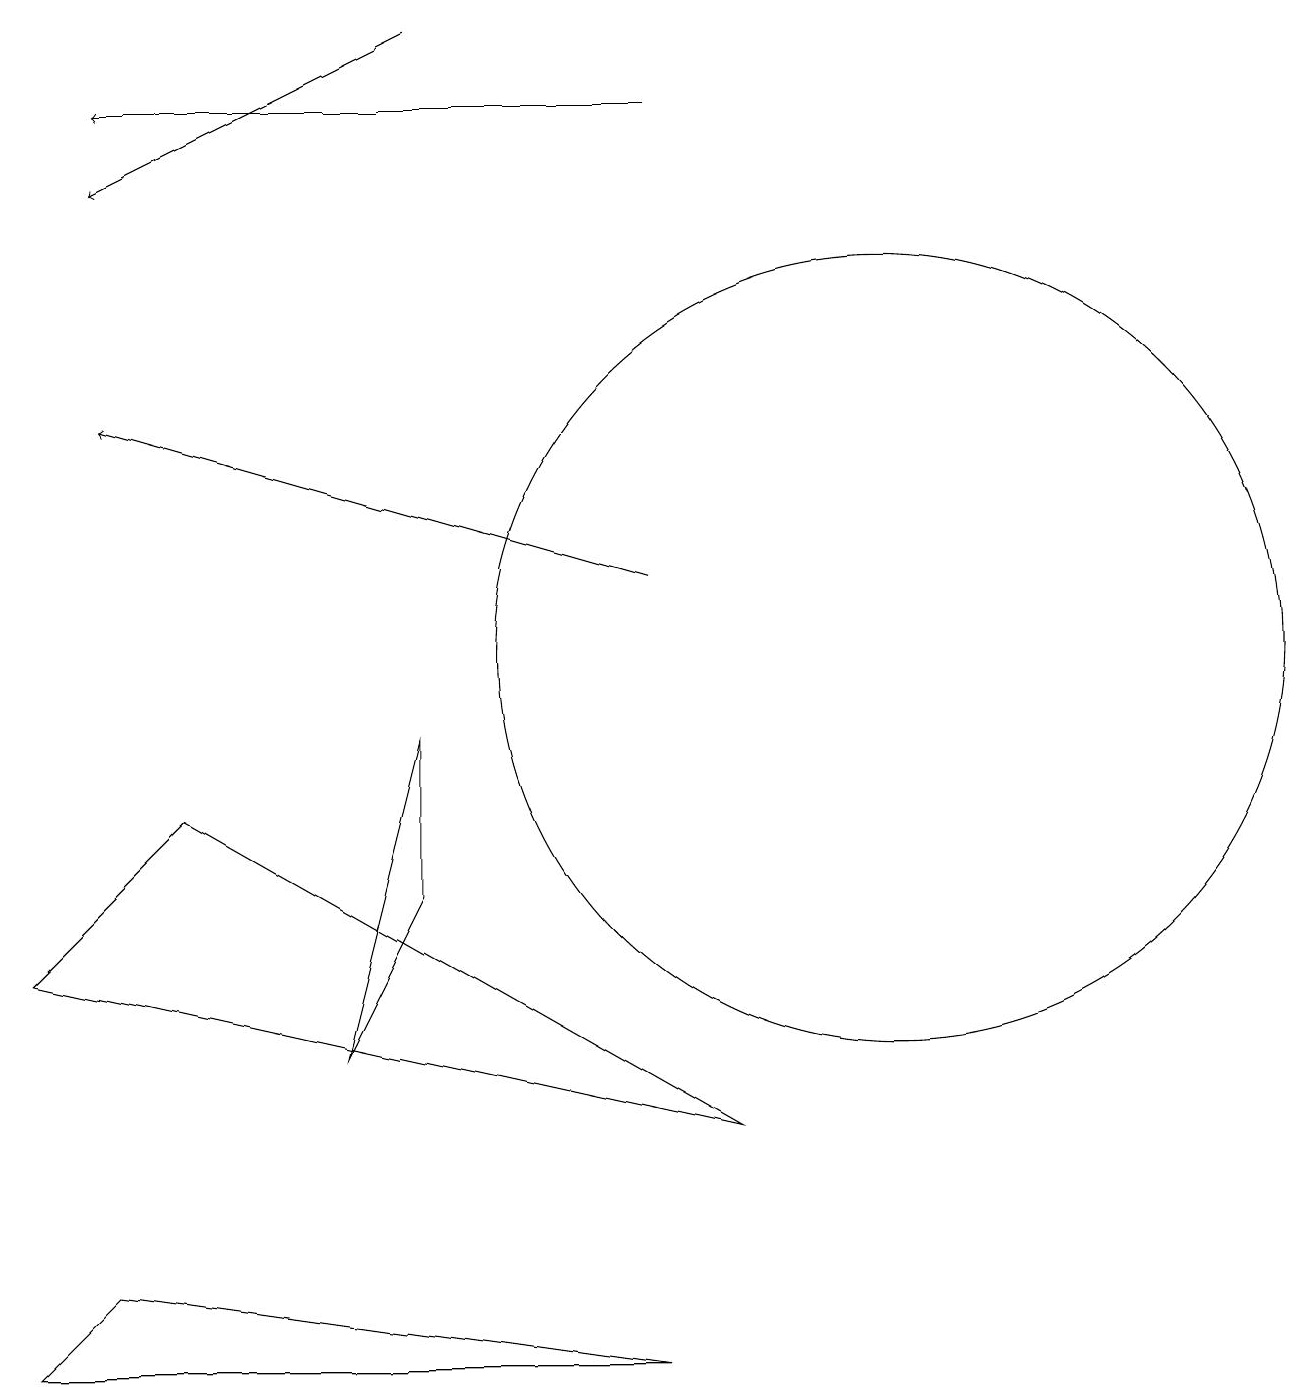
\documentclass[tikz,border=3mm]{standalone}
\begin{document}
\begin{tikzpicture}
\draw[->] (8,11) -- (1,13);
\draw (9,4) -- (2,8) -- (0,6) -- cycle;
\draw (11,10) circle (5);
\draw (5,7) -- (4,5) -- (5,9) -- cycle;
\draw[->] (5,18) -- (1,16);
\draw (0,1) -- (8,1) -- (1,2) -- cycle;
\draw (12,11) circle (0);
\draw[->] (8,17) -- (1,17);
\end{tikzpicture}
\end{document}